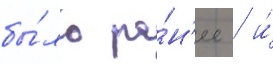
бы́ло ра́н'ее / и́